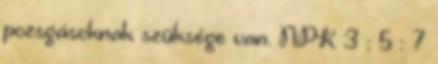
pozsgásoknak szüksége van. NPK 3 : 5 : 7